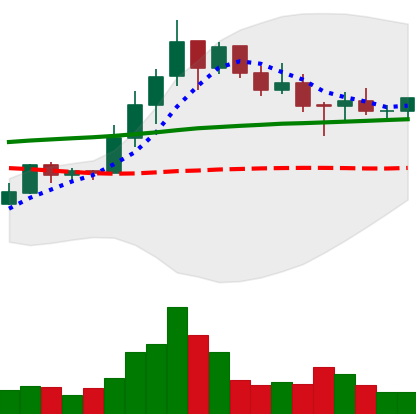
Ticker: LINK-USD
Chart end date: 2019-10-20
Forward return: 16.245%
Label: up_7plus